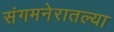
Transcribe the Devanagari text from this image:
संगमनेरातल्या